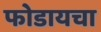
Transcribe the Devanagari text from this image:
फोडायचा